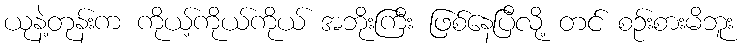
ယုနဲ့တုန်းက ကိုယ့်ကိုယ်ကိုယ် အဘိုးကြီး ဖြစ်နေပြီလို့ တင် စဉ်းစားမိဘူး